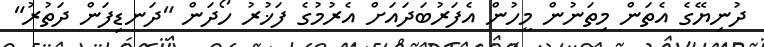
ދުނިޔޭގެ އެތަން މިތަނުން މީހުން އެފަރުބަދައަށް އެރުމުގެ ފަޚުރު ހޯދަން "ދަނޑިފަން ދަތުރު"